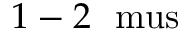
1 - 2 ~ \mathrm { \ m u s }